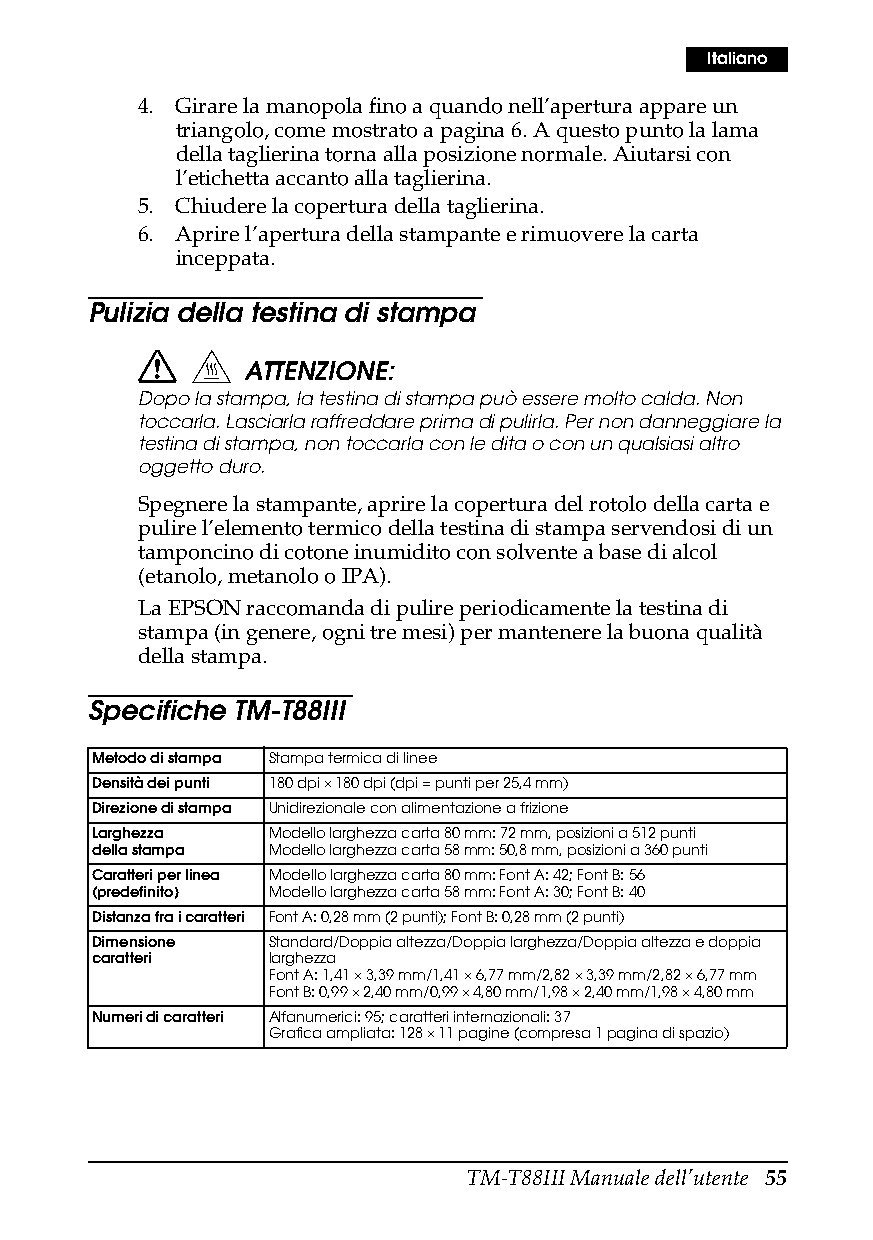
Italiano
 4. Girare la manopola fino a quando nell’apertura appare un
 triangolo, come mostrato a pagina6. A questo punto la lama
 della taglierina torna alla posizione normale. Aiutarsi con
 l’etichetta accanto alla taglierina.
 5. Chiudere la copertura della taglierina.
 6. Aprire l’apertura della stampante e rimuovere la carta
 inceppata.
 Pulizia della testina di stampa
 ATTENZIONE:
 Dopo la stampa, la testina di stampa può essere molto calda. Non
 toccarla. Lasciarla raffreddare prima di pulirla. Per non danneggiare la
 testina di stampa, non toccarla con le dita o con un qualsiasi altro
 oggetto duro.
 Spegnere la stampante, aprire la copertura del rotolo della carta e
 pulire l’elemento termico della testina di stampa servendosi di un
 tamponcino di cotone inumidito con solvente a base di alcol
 (etanolo, metanolo o IPA).
 La EPSON raccomanda di pulire periodicamente la testina di
 stampa (in genere, ogni tre mesi) per mantenere la buona qualità
 della stampa.
 Specifiche TM-T88III
 Metodo di stampa Stampa termica di linee
 Densità dei punti 180 dpi × 180 dpi (dpi = punti per 25,4 mm)
 Direzione di stampa Unidirezionale con alimentazione a frizione
 Larghezza   Modello larghezza carta 80 mm: 72 mm, posizioni a 512 punti
 della stampa Modello larghezza carta 58 mm: 50,8 mm, posizioni a 360 punti
 Caratteri per linea Modello larghezza carta 80 mm: Font A: 42; Font B: 56
 (predefinito) Modello larghezza carta 58 mm: Font A: 30; Font B: 40
 Distanza fra i caratteri Font A: 0,28 mm (2 punti); Font B: 0,28 mm (2 punti)
 Dimensione  Standard/Doppia altezza/Doppia larghezza/Doppia altezza e doppia
 caratteri   larghezza
 Font A: 1,41 × 3,39 mm/1,41 × 6,77 mm/2,82 × 3,39 mm/2,82 × 6,77 mm
 Font B: 0,99 × 2,40 mm/0,99 × 4,80 mm/1,98 × 2,40 mm/1,98 × 4,80 mm
 Numeri di caratteri Alfanumerici: 95; caratteri internazionali: 37
 Grafica ampliata: 128 × 11 pagine (compresa 1 pagina di spazio)
 TM-T88III Manuale dell’utente 55